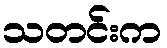
သတင်းက